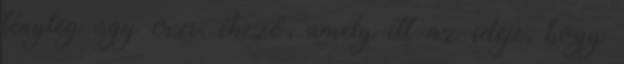
tényleg úgy érzi, éhező, amely itt az ideje, hogy